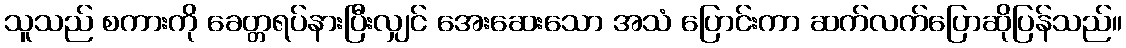
သူသည် စကားကို ခေတ္တရပ်နားပြီးလျှင် အေးဆေးသော အသံ ပြောင်းကာ ဆက်လက်ပြောဆိုပြန်သည်။